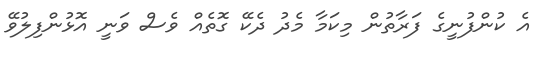
އެ ކުންފުނީގެ ފަރާތުން މިކަމާ މެދު ދެކޭ ގޮތެއް ވެސް ވަނީ އޮޅުންފިލުވޭ